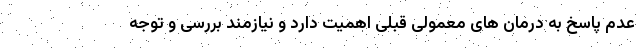
عدم پاسخ به درمان های معمولی قبلی اهمیت دارد و نیازمند بررسی و توجه